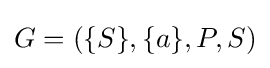
G=(\{S\},\{a\},P,S)